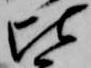
比